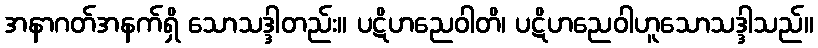
အနာဂတ်အနက်ရှိ သောသဒ္ဒါတည်း။ ပဋိဟညေဝါတိ၊ ပဋိဟညေဝါဟူသောသဒ္ဒါသည်။